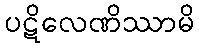
ပဋိလေဏိဿာမိ